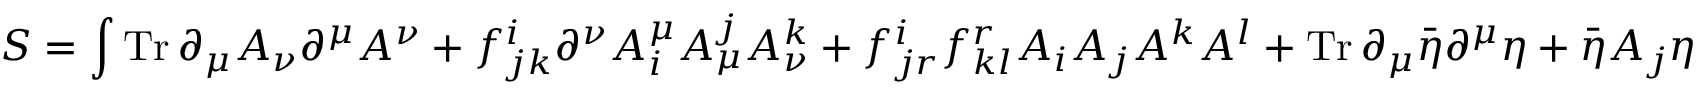
S = \int \operatorname { T r } \partial _ { \mu } A _ { \nu } \partial ^ { \mu } A ^ { \nu } + f _ { j k } ^ { i } \partial ^ { \nu } A _ { i } ^ { \mu } A _ { \mu } ^ { j } A _ { \nu } ^ { k } + f _ { j r } ^ { i } f _ { k l } ^ { r } A _ { i } A _ { j } A ^ { k } A ^ { l } + \operatorname { T r } \partial _ { \mu } { \bar { \eta } } \partial ^ { \mu } \eta + { \bar { \eta } } A _ { j } \eta